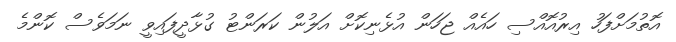
އޮތުމަށްފަހު އިރުއޮއްސި ހައެއް ޖަހަން އުޅެނިކޮށް އަލުން ކަރަންޓު ގުޅާދީފައިވީ ނަމަވެސް ކޮންމެ